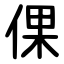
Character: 倮